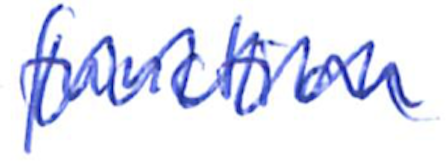
Text: function
Cross-out: zig-zag
Writing tool: ballpoint